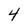
Character: 4